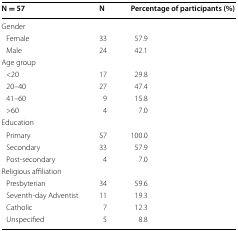
<table><thead><tr><td><b>N = 57</b></td><td><b>N</b></td><td><b>Percentage of participants (%)</b></td></tr></thead><tbody><tr><td colspan="3">Gender</td></tr><tr><td> Female</td><td>33</td><td>57.9</td></tr><tr><td> Male</td><td>24</td><td>42.1</td></tr><tr><td colspan="3">Age group</td></tr><tr><td> &lt;20</td><td>17</td><td>29.8</td></tr><tr><td> 20–40</td><td>27</td><td>47.4</td></tr><tr><td> 41–60</td><td>9</td><td>15.8</td></tr><tr><td> &gt;60</td><td>4</td><td>7.0</td></tr><tr><td colspan="3">Education</td></tr><tr><td> Primary</td><td>57</td><td>100.0</td></tr><tr><td> Secondary</td><td>33</td><td>57.9</td></tr><tr><td> Post-secondary</td><td>4</td><td>7.0</td></tr><tr><td colspan="3">Religious affiliation</td></tr><tr><td> Presbyterian</td><td>34</td><td>59.6</td></tr><tr><td> Seventh-day Adventist</td><td>11</td><td>19.3</td></tr><tr><td> Catholic</td><td>7</td><td>12.3</td></tr><tr><td> Unspecified</td><td>5</td><td>8.8</td></tr></tbody></table>